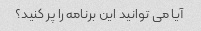
آیا می توانید این برنامه را پر کنید؟